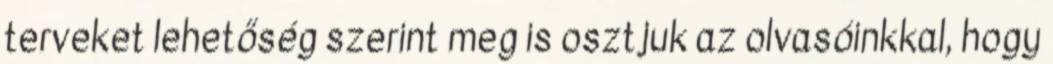
terveket lehetőség szerint meg is osztjuk az olvasóinkkal, hogy